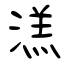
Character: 溔